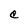
Character: C